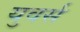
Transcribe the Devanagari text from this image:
युवर्स